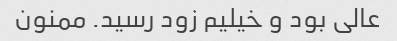
عالی بود و خیلیم زود رسید. ممنون